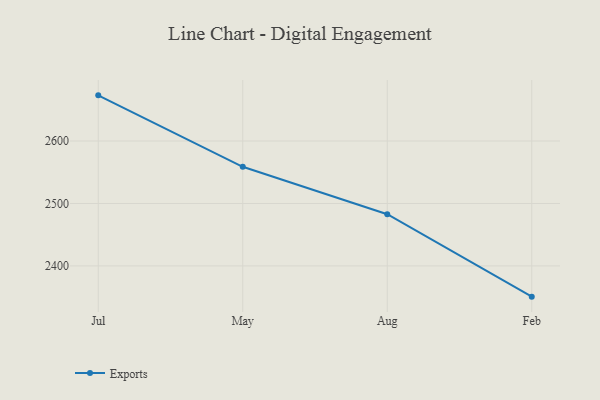
{"axis": {"x": "Month", "y": "Waste Production (Tons)"}, "legend": ["Exports"], "data": [{"x": "Jul", "y": 2673.1, "type": "Exports"}, {"x": "May", "y": 2558.7, "type": "Exports"}, {"x": "Aug", "y": 2482.8, "type": "Exports"}, {"x": "Feb", "y": 2350.8, "type": "Exports"}]}